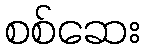
စစ်ဆေး